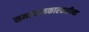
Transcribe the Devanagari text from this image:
समाधानकारकरीत्या